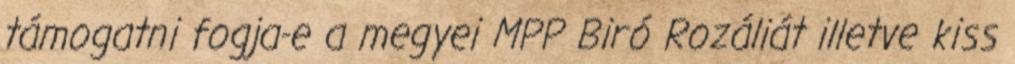
támogatni fogja-e a megyei MPP Biró Rozáliát illetve kiss